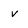
Character: v